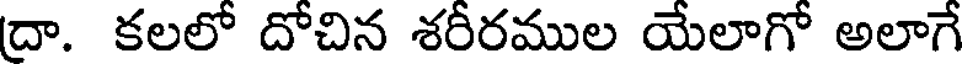
దా. కలలో దోచిన శరీరముల యేలాగో అలాగే